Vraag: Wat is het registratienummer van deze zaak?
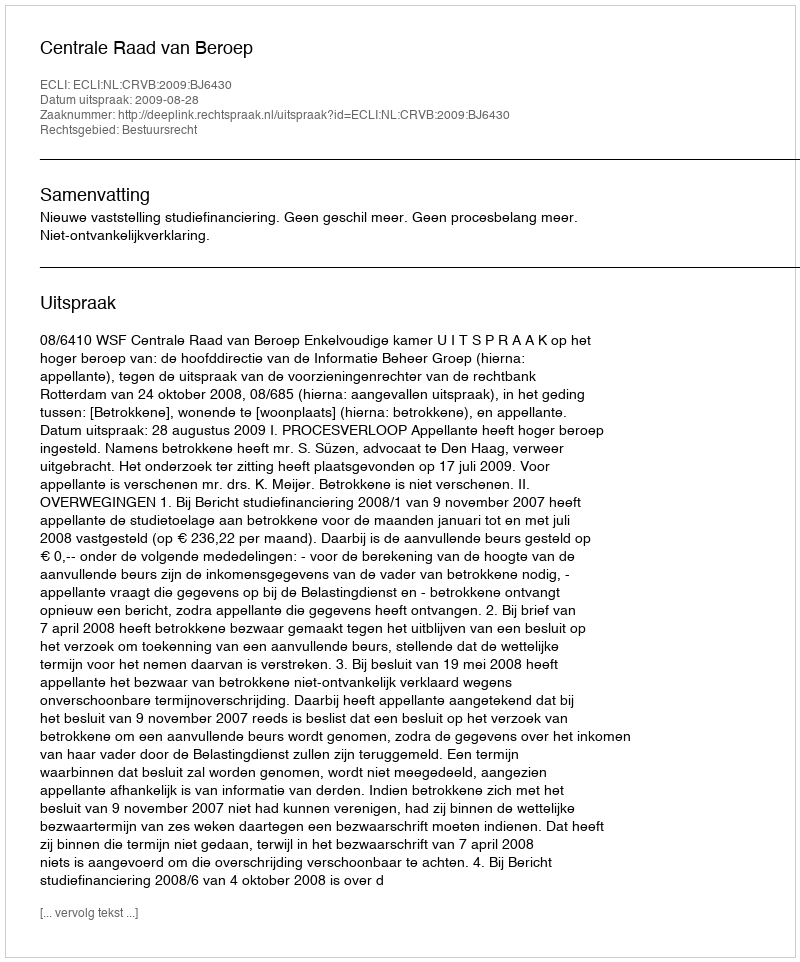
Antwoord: http://deeplink.rechtspraak.nl/uitspraak?id=ECLI:NL:CRVB:2009:BJ6430